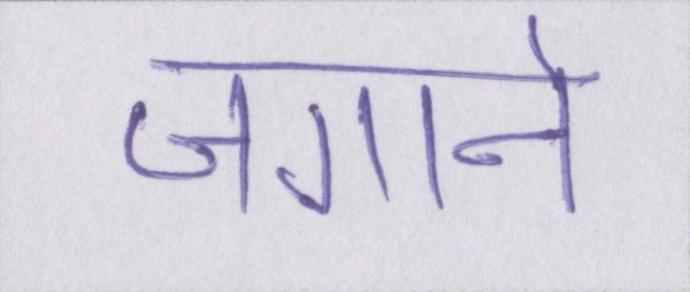
जगाने